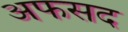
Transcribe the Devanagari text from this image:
अफसद